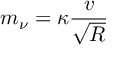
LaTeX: m _ { \nu } = \kappa \frac { v } { \sqrt { R } }